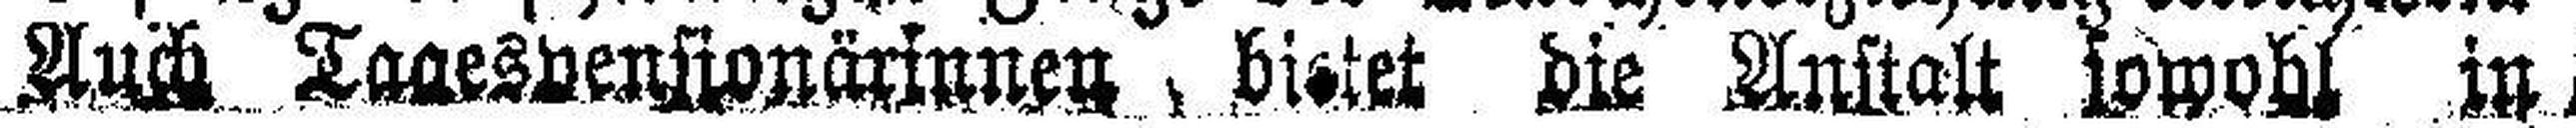
Auch Tagespensionärinnen bietet die Anstalt sowohl in